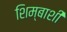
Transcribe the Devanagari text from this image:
शिम्बाशी